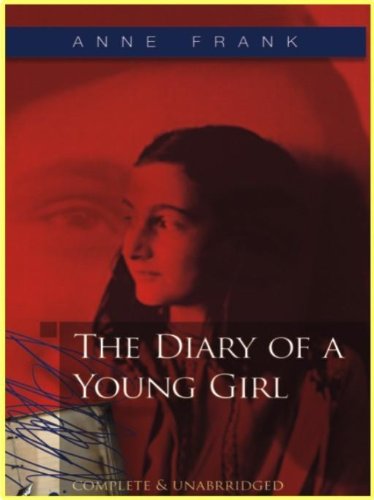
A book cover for The Diary of a Young Girl; Anne Frank; Literature & Fiction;